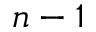
n - 1